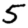
Digit: 5